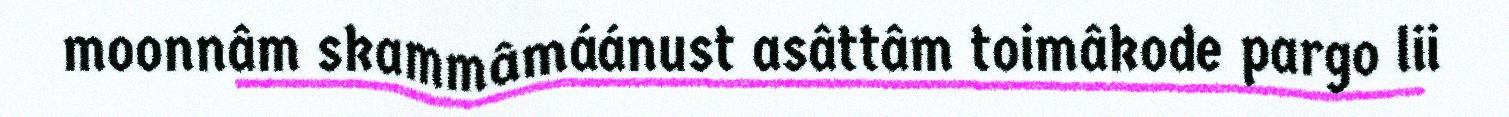
moonnâm skammâmáánust asâttâm toimâkode pargo lii